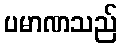
ပမာဏသည်